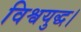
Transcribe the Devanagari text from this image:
विश्वयुद्ध।